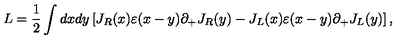
L = \frac { 1 } { 2 } \int d x d y \left[ J _ { R } ( x ) \varepsilon ( x - y ) \partial _ { + } J _ { R } ( y ) - J _ { L } ( x ) \varepsilon ( x - y ) \partial _ { + } J _ { L } ( y ) \right] ,